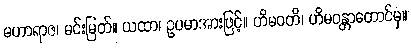
မဟာရာဇ၊ မင်းမြတ်။ ယထာ၊ ဥပမာအားဖြင့်။ ဟိမဝတိ၊ ဟိမဝန္တာတောင်မှ။